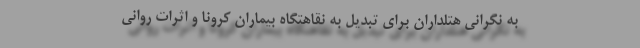
به نگرانی هتلداران برای تبدیل به نقاهتگاه بیماران کرونا و اثرات روانی